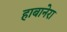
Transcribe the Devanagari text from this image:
हाबानेरा